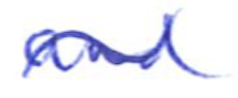
Text: and
Cross-out: wave
Writing tool: ballpoint